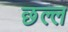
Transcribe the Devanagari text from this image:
छल्ल